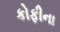
કોફીના